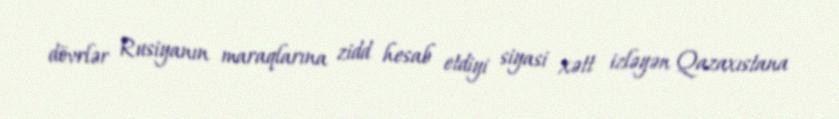
dövrlər Rusiyanın maraqlarına zidd hesab etdiyi siyasi xətt izləyən Qazaxıstana